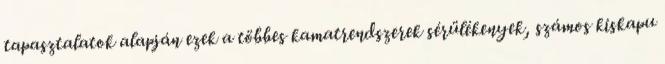
tapasztalatok alapján ezek a többes kamatrendszerek sérülékenyek, számos kiskapu